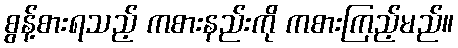
စွန့်စားရသည့် ကစားနည်းကို ကစားကြည့်မည်။